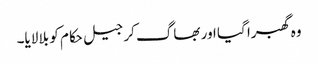
وہ گھبرا گیا اور بھاگ کر جیل حکام کو بلا لایا۔